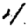
Digit: 4